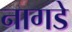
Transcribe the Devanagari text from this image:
नागडे